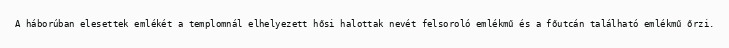
A háborúban elesettek emlékét a templomnál elhelyezett hősi halottak nevét felsoroló emlékmű és a főutcán található emlékmű őrzi.